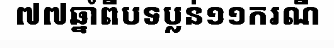
៧៧ឆ្នាំពីបទប្លន់១១ករណី